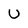
Character: U